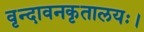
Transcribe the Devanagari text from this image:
वृन्दावनकृतालयः।